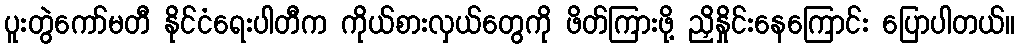
ပူးတွဲကော်မတီ နိုင်ငံရေးပါတီက ကိုယ်စားလှယ်တွေကို ဖိတ်ကြားဖို့ ညှိနှိုင်းနေကြောင်း ပြောပါတယ်။